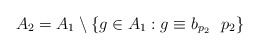
\begin{align*}A_2=A_1\setminus \{g\in A_1: g\equiv b_{p_2}~~p_2\}\end{align*}